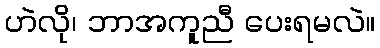
ဟဲလို၊ ဘာအကူညီ ပေးရမလဲ။